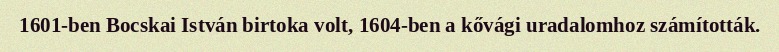
1601-ben Bocskai István birtoka volt, 1604-ben a kővági uradalomhoz számították.